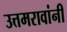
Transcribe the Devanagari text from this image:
उत्तमरावांनी